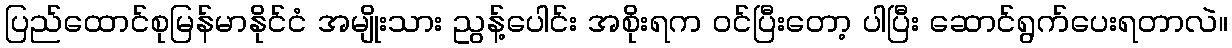
ပြည်ထောင်စုမြန်မာနိုင်ငံ အမျိုးသား ညွန့်ပေါင်း အစိုးရက ဝင်ပြီးတော့ ပါပြီး ဆောင်ရွက်ပေးရတာလဲ။